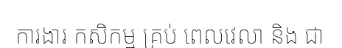
ការងារ កសិកម្ម គ្រប់ ពេលវេលា និង ជា